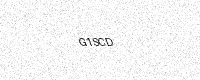
Text: G1SCD